Note on the mental hospitals in Burma - 1925-1940
Year: 1925
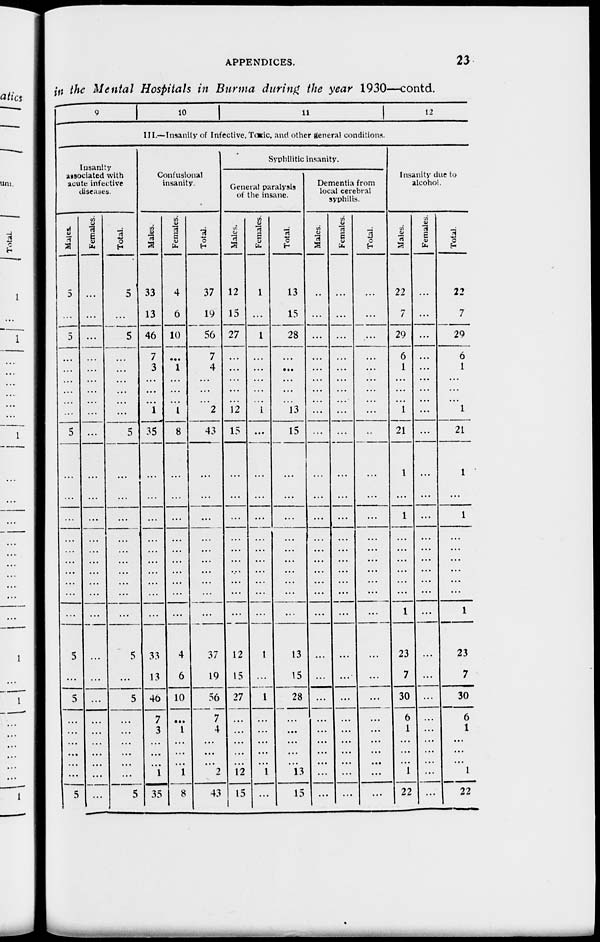
APPENDICES.
23
in the Mental Hospitals in Burma during the year 1930—contd.
9
10
11
12
III.—Insanity of Infective, Toxic, and other general conditions.
Insanity
associated with
acute infective
diseases.
Males.
5
...
5
...
...
...
...
...
...
5
...
...
...
...
...
...
...
...
...
...
5
...
5
...
...
...
...
...
...
5
Females.
...
...
...
...
...
...
...
...
...
...
...
...
...
...
...
...
...
...
...
...
...
...
...
...
...
...
...
...
...
...
Total.
5
...
5
...
...
...
...
...
...
5
...
...
...
...
...
...
...
...
...
...
5
...
5
...
...
...
...
...
...
5
Confusinal
insanity.
Males.
33
13
46
7
3
...
...
...
1
35
...
...
...
...
...
...
...
...
...
...
33
13
46
7
3
...
...
...
1
35
Females.
4
6
10
...
1
...
...
...
1
8
...
...
...
...
...
...
...
...
...
...
4
6
10
...
1
...
...
...
1
8
Total.
37
19
56
7
4
...
...
...
2
43
...
...
...
...
...
...
...
...
...
...
37
19
56
7
4
...
...
...
2
43
Syphilitic insanity.
General paralysis
of the insane.
Males.
12
15
27
...
...
...
...
...
12
15
...
...
...
...
...
...
...
...
...
...
12
15
27
...
...
...
...
...
12
15
Females.
1
...
1
...
...
...
...
...
1
...
...
...
...
...
...
...
...
...
...
...
1
...
1
...
...
...
...
...
1
...
Total.
13
15
28
...
...
...
...
...
13
15
...
...
...
...
...
...
...
...
...
...
13
15
28
...
...
...
...
...
13
15
Dementia from
local cerebral
syphilis.
Males.
...
...
...
...
...
...
...
...
...
...
...
...
...
...
...
...
...
...
...
...
...
...
...
...
...
...
...
...
...
Females.
...
...
...
...
...
...
...
...
...
...
...
...
...
...
...
...
...
...
...
...
...
...
...
...
...
...
...
...
...
...
Total.
...
...
...
...
...
...
...
...
...
...
...
...
...
...
...
...
...
...
...
...
...
...
...
...
...
...
...
...
...
...
Insanity due to
alcohol.
Males.
22
7
29
6
1
...
...
...
1
21
1
...
1
...
...
...
...
...
...
1
23
7
30
6
1
...
...
...
1
22
Females.
...
...
...
...
...
...
...
...
...
...
...
...
...
...
...
...
...
...
...
...
...
...
...
...
...
...
...
...
...
...
Total.
22
7
29
6
1
...
...
...
1
21
1
...
1
...
...
...
...
...
...
1
23
7
30
6
1
...
...
...
1
22